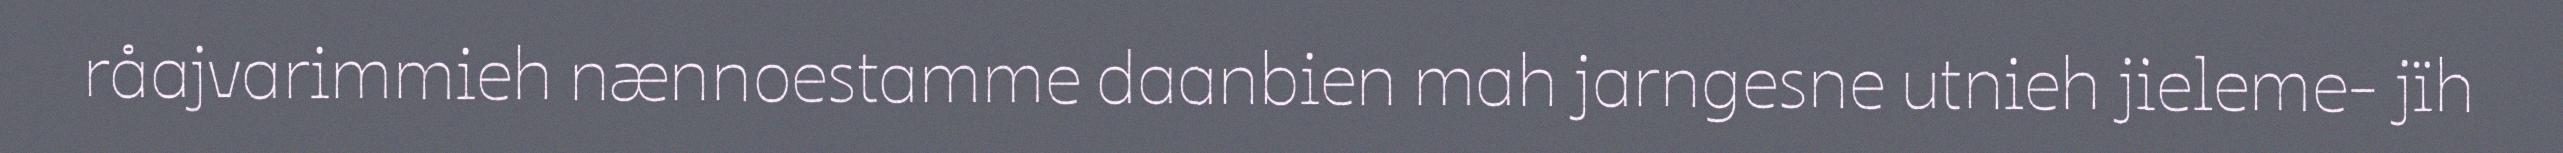
råajvarimmieh nænnoestamme daanbien mah jarngesne utnieh jieleme- jïh